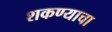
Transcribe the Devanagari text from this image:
शकण्याचा